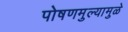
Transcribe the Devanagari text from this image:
पोषणमुल्यामुळे